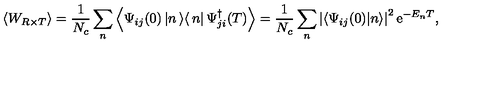
\left< W _ { R \times T } \right> = \frac { 1 } { N _ { c } } \sum _ { n } ^ { } \left< \Psi _ { i j } ( 0 ) \left| n \left> \right< n \right| \Psi _ { j i } ^ { \dagger } ( T ) \right> = \frac { 1 } { N _ { c } } \sum _ { n } ^ { } \left| \left< \Psi _ { i j } ( 0 ) | n \right> \right| ^ { 2 } \mathrm { e } ^ { - E _ { n } T } ,